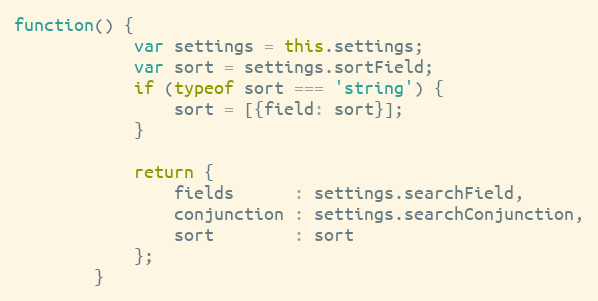
Language: JavaScript
function() {
			var settings = this.settings;
			var sort = settings.sortField;
			if (typeof sort === 'string') {
				sort = [{field: sort}];
			}

			return {
				fields      : settings.searchField,
				conjunction : settings.searchConjunction,
				sort        : sort
			};
		}